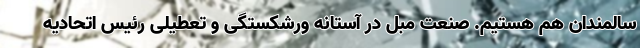
سالمندان هم هستیم. صنعت مبل در آستانه ورشکستگی و تعطیلی رئیس اتحادیه